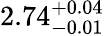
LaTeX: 2.74_{-0.01}^{+0.04}